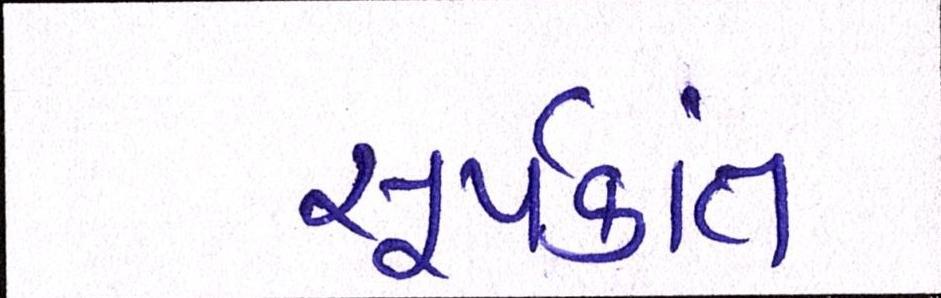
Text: સૂર્યકાંત